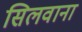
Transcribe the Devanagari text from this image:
सिलवाना